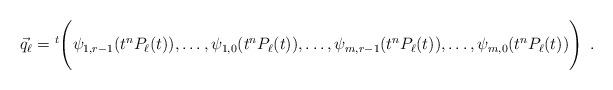
LaTeX: \begin{align*}\vec{q}_{\ell}={}^t\Biggl(\psi_{{1,r-1}}(t^nP_{\ell}(t)),\ldots, \psi_{{1,0}}(t^nP_{\ell}(t)),\ldots, \psi_{{m,r-1}}(t^nP_{\ell}(t)),\ldots, \psi_{{m,0}}(t^nP_{\ell}(t))\Biggr)\enspace.\end{align*}